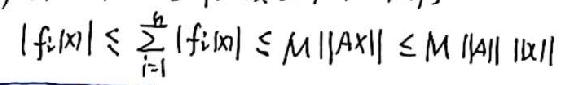
\[ |f_i(\mathbf{x})| \leq \sum_{i = 1}^{n} |f_i(\mathbf{x})| \leq M \| A\mathbf{x} \| \leq M \| A \| \| \mathbf{x} \| \]